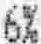
6%